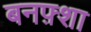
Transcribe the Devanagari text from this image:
बनफ़्शा